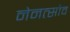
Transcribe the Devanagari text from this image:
नेमत्सोव